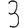
Digit: 3